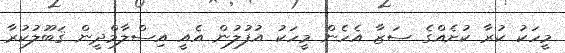
މީހަކު ކުރާ ކުށެއްގެ ސަޒާ އެހެން މީހަކު އުފުލުން އެއީ އިސްލާމްދީން ޤަބޫލުކުރާ